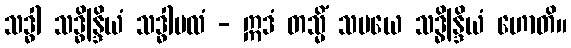
သဒ္ဓါ သဒ္ဓိန္ဒြိယံ သဒ္ဓါဗလံ - ဣဒံ တသ္မိံ သမယေ သဒ္ဓိန္ဒြိယံ ဟောတိ။